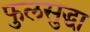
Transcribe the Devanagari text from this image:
फुलसुद्धा